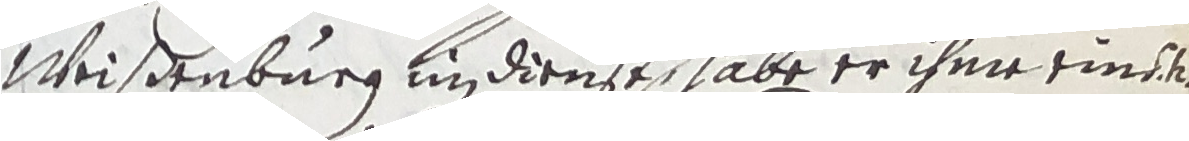
Weißenburg um dienst, abe er ihme eins